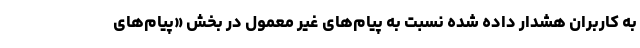
به کاربران هشدار داده شده نسبت به پیام‌های غیر معمول در بخش «پیام‌های